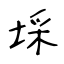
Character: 埰